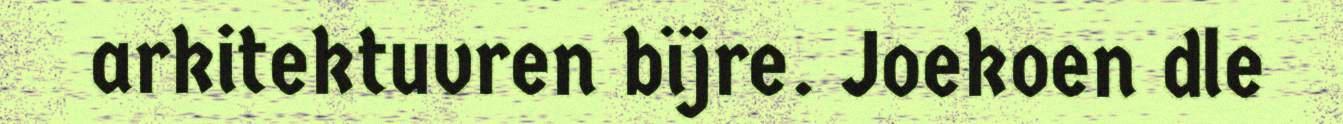
arkitektuvren bïjre. Joekoen dle